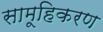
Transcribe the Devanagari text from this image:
सामूहिकरण